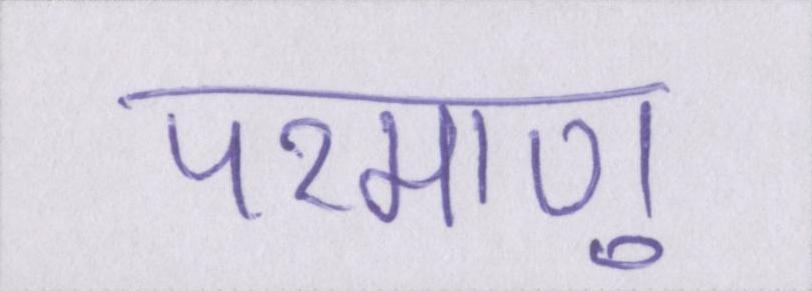
परमाणु